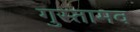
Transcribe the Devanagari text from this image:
गुस्तामव